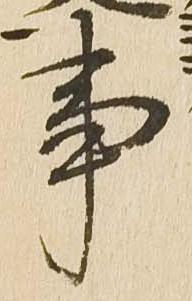
事